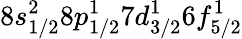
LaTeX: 8s_{1/2}^{2}8p_{1/2}^{1}7d_{3/2}^{1}6f_{5/2}^{1}